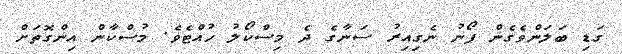
ގަޑި ބަލަންވެގެން ފޯނު ނެގިއިރު ސަނާގެ ދެ މިސްކޯލު ހުއްޓެވެ. މުސްކާން އިންގޮތަށް